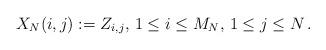
LaTeX: \begin{align*}X_N(i,j):=Z_{i,j},\,1\le i\le M_N,\,1\le j\le N\,.\end{align*}